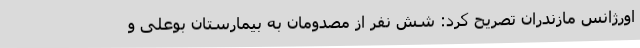
اورژانس مازندران تصریح کرد: شش نفر از مصدومان به بیمارستان بوعلی و